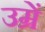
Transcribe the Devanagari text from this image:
उम्रें